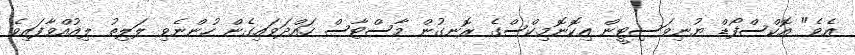
އެވެ" އޮކްސްފޯޑް ޔުނިވަސިޓީން އިކޮނޮމިކްސްގެ ރޮނގުން މާސްޓާސް ހައްދަވައިގެން ހުންނެވި ލަލިތު ލިއުއްވާފައިވެ